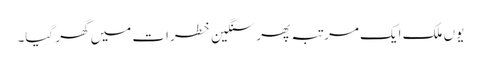
یوں ملک ایک مرتبہ پھر سنگین خطرات میں گھر گیا۔